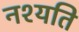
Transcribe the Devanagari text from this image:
नश्यति